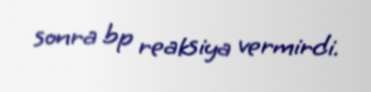
sonra bp reaksiya vermirdi.